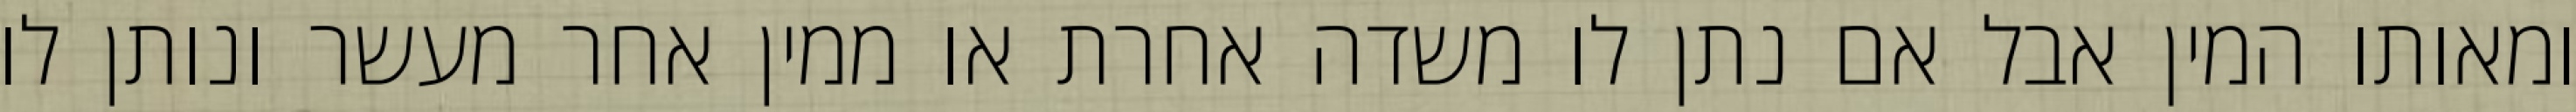
ומאותו המין אבל אם נתן לו משדה אחרת או ממין אחר מעשר ונותן לו